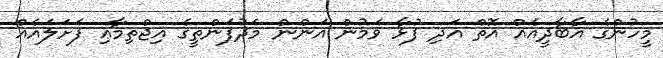
މީހުންގެ އާބާދީއެއް އޮތް އަދި ފުޅާ ވަމުން އަންން މެދުފަންތީގެ އިޖްތިމާޢި ފަށަލައެއް